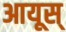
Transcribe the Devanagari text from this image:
आयूस्‌